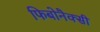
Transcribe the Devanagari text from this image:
फिबोनैक्सी